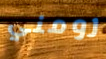
رومني